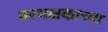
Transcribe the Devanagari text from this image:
नरभक्षकाच्या